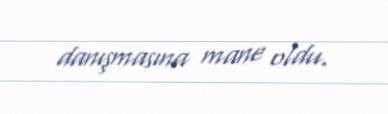
danışmasına mane oldu.